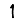
Digit: 1